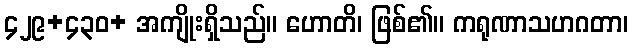
၄၂၉+၄၃၀+ အကျိုးရှိသည်။ ဟောတိ၊ ဖြစ်၏။ ကရုဏာသဟဂတာ၊